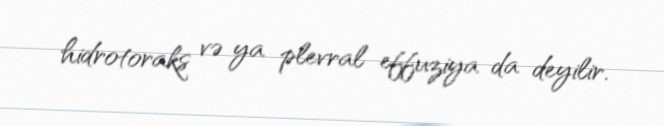
hidrotoraks və ya plevral effuziya da deyilir.